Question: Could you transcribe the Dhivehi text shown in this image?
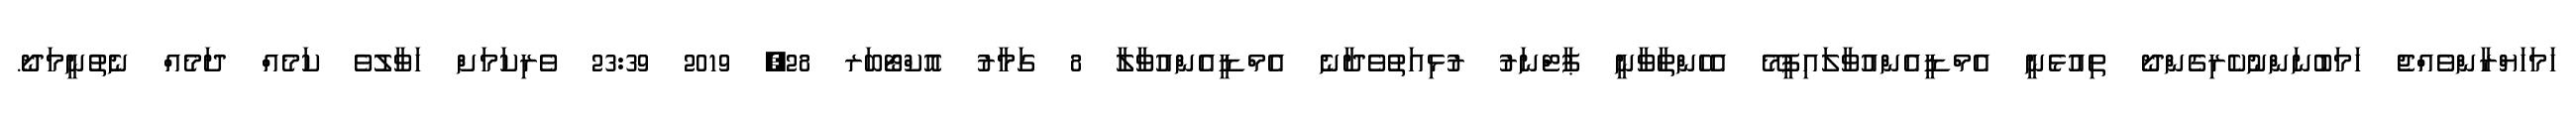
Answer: ހަމަހަޔްރާންވެއްޖެ ހަމަބުނަންނުކެރިގެންދޯ ތިއުޅެނީ އެމްޑީއެންއުވާލައިފީމޭ އެހެންތާވާނީ ޕާޓްނަރު ރުޅިއަތުވެދާނެ އެމްޑީއެންއުވާލާ 8 ގަމާރު އޮކްޓޯބަރ 28, 2019 23:39 ވެރިކަމަށް ހަވާލުވެ ކަމެއް ދަމެއް ނެތުނީމަދޯ.